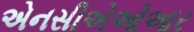
એનસીએઓઆર